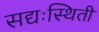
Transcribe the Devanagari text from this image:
सद्यःस्थिती